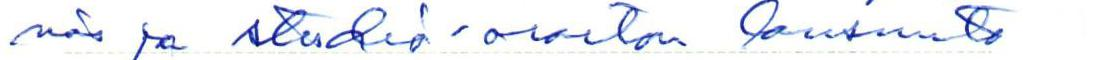
nös ja studio-osaston lausunto